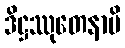
ဒိဋ္ဌဿုတေနာပိ